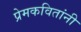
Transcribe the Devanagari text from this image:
प्रेमकवितांनी